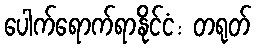
ပေါက်ရောက်ရာနိုင်ငံ: တရုတ်